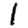
Digit: 1